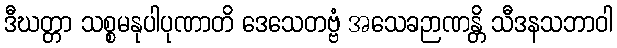
ဒီဃတ္တာ သစ္စမနုပါပုဏာတိ ဒေသေတဗ္ဗံ အသေခဉာဏန္တိ သီဒနသဘာဝါ